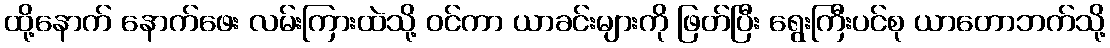
ထို့နောက် နောက်ဖေး လမ်းကြားထဲသို့ ဝင်ကာ ယာခင်းများကို ဖြတ်ပြီး ရွေးကြီးပင်စု ယာတောဘက်သို့